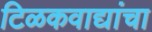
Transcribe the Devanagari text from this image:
टिळकवाद्यांचा